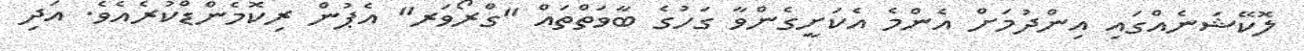
ލޮކޭޝަނެއްގައި އިންދުމަށް އެންމެ އެކަށީގެންވާ ގަހުގެ ބާވަތްތައް "ގްރޯވަރ" އެޕުން ރިކޮމެންޑްކުރެއެވެ. އަދި